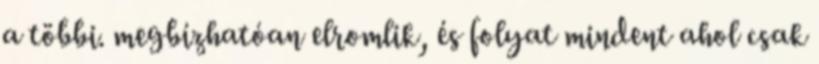
a többi. megbízhatóan elromlik, és folyat mindent ahol csak